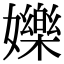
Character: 㜰